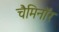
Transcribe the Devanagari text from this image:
चैमिनॉर